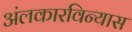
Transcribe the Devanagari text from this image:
अंलकारविन्यास